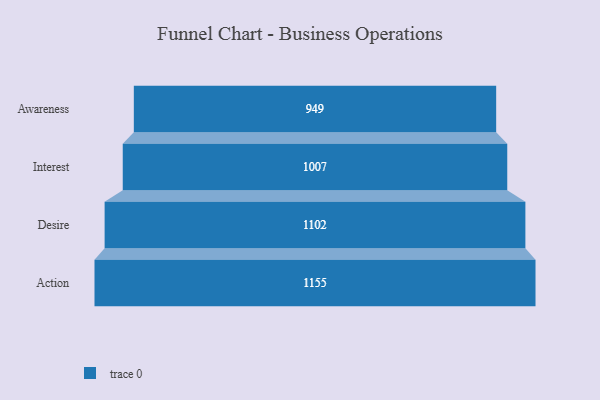
{"axis": {"x": "Stage", "y": "Value"}, "legend": [""], "data": [{"x": "Awareness", "y": 949.0, "type": ""}, {"x": "Interest", "y": 1007.0, "type": ""}, {"x": "Desire", "y": 1102.0, "type": ""}, {"x": "Action", "y": 1155.0, "type": ""}]}